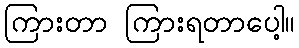
ကြားတာ ကြားရတာပေါ့။